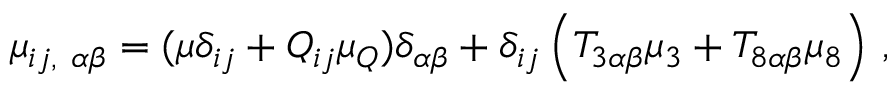
\mu _ { i j , ~ \alpha \beta } = ( \mu \delta _ { i j } + Q _ { i j } \mu _ { Q } ) \delta _ { \alpha \beta } + \delta _ { i j } \left( T _ { 3 \alpha \beta } \mu _ { 3 } + T _ { 8 \alpha \beta } \mu _ { 8 } \right) \, ,